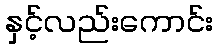
နှင့်လည်းကောင်း